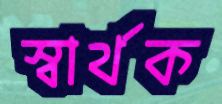
স্বার্থক